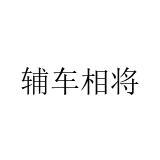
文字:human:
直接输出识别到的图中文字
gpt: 辅车相将